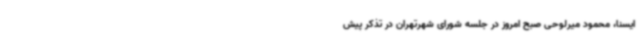
ایسنا، محمود میرلوحی صبح امروز در جلسه شورای شهرتهران در تذکر پیش